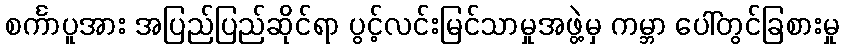
စင်္ကာပူအား အပြည်ပြည်ဆိုင်ရာ ပွင့်လင်းမြင်သာမှုအဖွဲ့မှ ကမ္ဘာ ပေါ်တွင်ခြစားမှု